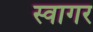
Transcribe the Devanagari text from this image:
स्वागर